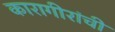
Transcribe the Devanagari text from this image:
कारागीरांची